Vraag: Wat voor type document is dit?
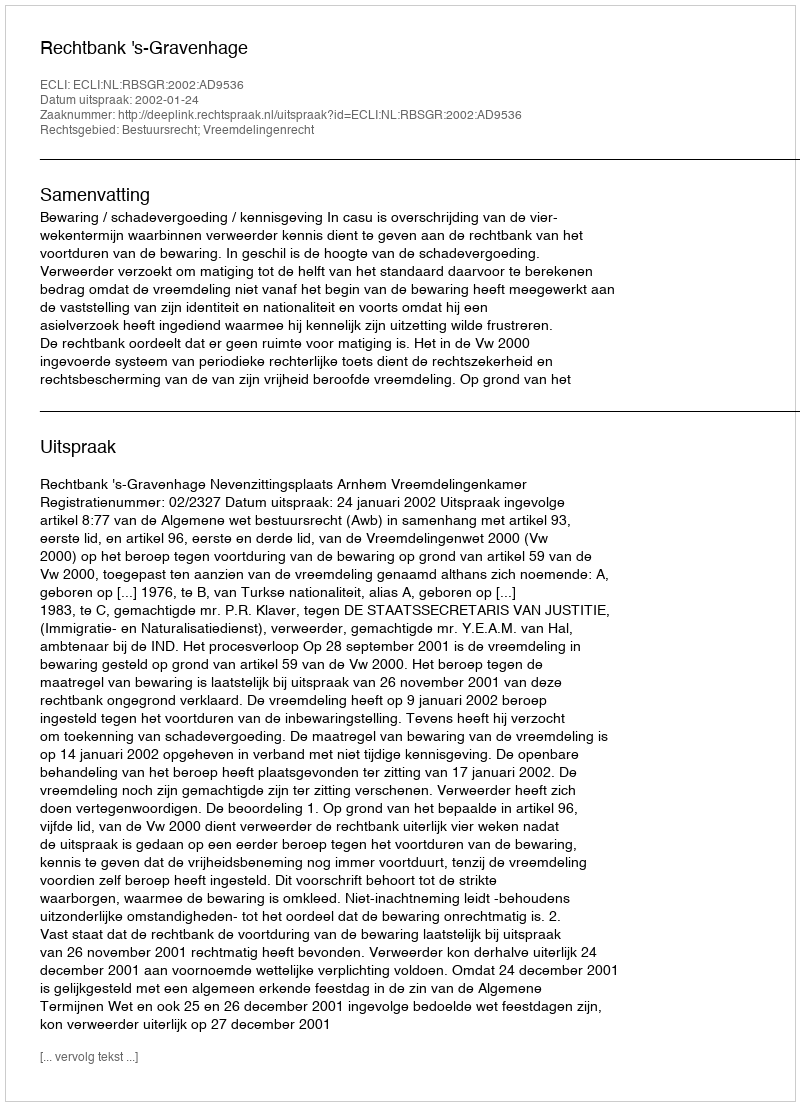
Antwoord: Uitspraak